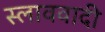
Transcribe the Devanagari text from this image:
स्लाववादी